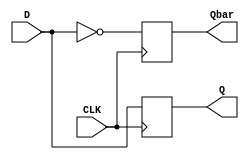
module DFF_negedge (D, CLK, Q, Qbar);
input D, CLK;
output reg Q, Qbar;
always @(negedge CLK)
begin
Q = D;
Qbar = ~D;
end
endmodule